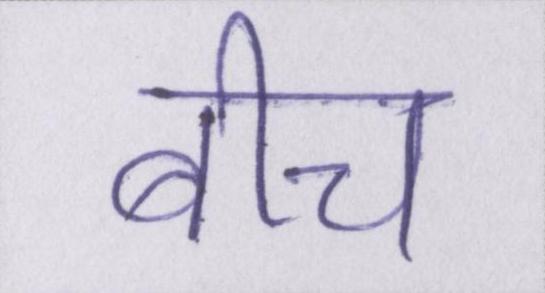
बीच